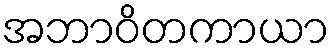
အဘာဝိတကာယာ